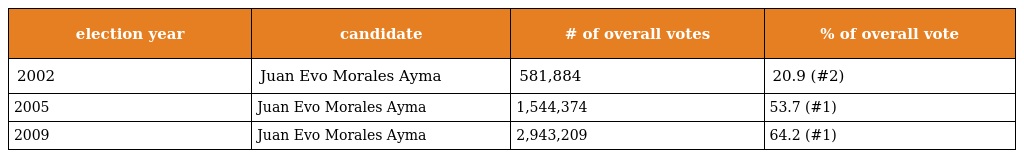
| election year | candidate | # of overall votes | % of overall vote |
 | --- | --- | --- | --- |
 | 2002 | Juan Evo Morales Ayma | 581,884 | 20.9 (#2) |
 | 2005 | Juan Evo Morales Ayma | 1,544,374 | 53.7 (#1) |
 | 2009 | Juan Evo Morales Ayma | 2,943,209 | 64.2 (#1) |